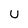
Character: u